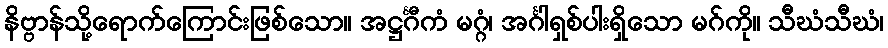
နိဗ္ဗာန်သို့ရောက်ကြောင်းဖြစ်သော။ အဋ္ဌင်္ဂီကံ မဂ္ဂံ၊ အင်္ဂါရှစ်ပါးရှိသော မဂ်ကို။ သီဃံသီဃံ၊